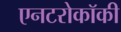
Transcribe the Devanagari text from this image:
एनटरोकॉकी